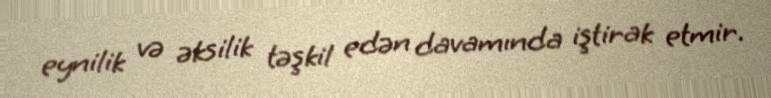
eynilik və əksilik təşkil edən davamında iştirak etmir.